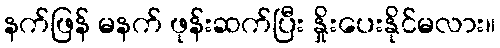
နက်ဖြန် မနက် ဖုန်းဆက်ပြီး နှိုးပေးနိုင်မလား။